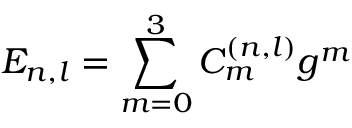
E _ { n , l } = \sum _ { m = 0 } ^ { 3 } C _ { m } ^ { \left( n , l \right) } g ^ { m }